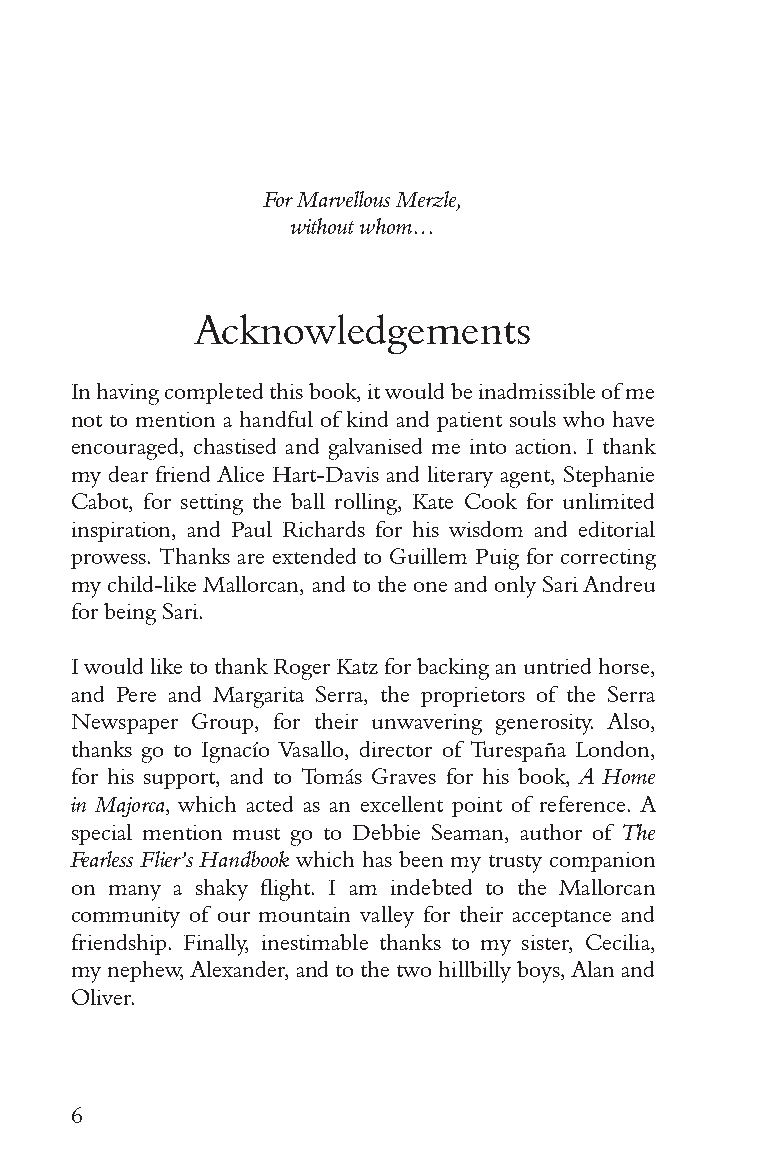
For Marvellous Merzle,
 without whom…
 Acknowledgements
 In having completed this book, it would be inadmissible of me
 not to mention a handful of kind and patient souls who have
 encouraged, chastised and galvanised me into action. I thank
 my dear friend Alice Hart-Davis and literary agent, Stephanie
 Cabot, for setting the ball rolling, Kate Cook for unlimited
 inspiration, and Paul Richards for his wisdom and editorial
 prowess. Thanks are extended to Guillem Puig for correcting
 my child-like Mallorcan, and to the one and only Sari Andreu
 for being Sari.
 I would like to thank Roger Katz for backing an untried horse,
 and Pere and Margarita Serra, the proprietors of the Serra
 Newspaper Group, for their unwavering generosity. Also,
 thanks go to Ignacío Vasallo, director of Turespaña London,
 for his support, and to Tomás Graves for his book, A Home
 in Majorca, which acted as an excellent point of reference. A
 special mention must go to Debbie Seaman, author of The
 Fearless Flier’s Handbook which has been my trusty companion
 on many a shaky flight. I am indebted to the Mallorcan
 community of our mountain valley for their acceptance and
 friendship. Finally, inestimable thanks to my sister, Cecilia,
 my nephew, Alexander, and to the two hillbilly boys, Alan and
 Oliver.
 6